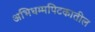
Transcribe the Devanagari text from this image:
अभिधम्मपिटकातील